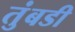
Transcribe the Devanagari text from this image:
तुंबडी